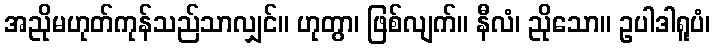
အညိုမဟုတ်ကုန်သည်သာလျှင်။ ဟုတွာ၊ ဖြစ်လျက်။ နီလံ၊ ညိုသော။ ဥပါဒါရူပံ၊